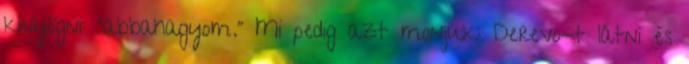
kinyögni: "abbahagyom." Mi pedig azt monjuk: Derevo-t látni és